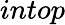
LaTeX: intop